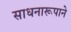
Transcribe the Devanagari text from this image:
साधनारूपाने